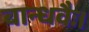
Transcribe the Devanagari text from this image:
बान्धवैः।